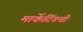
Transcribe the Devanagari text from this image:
मार्केटिंगची